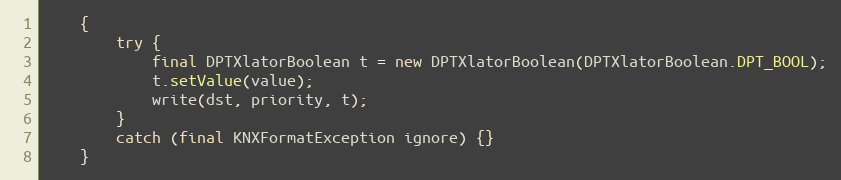
Language: Java
	{
		try {
			final DPTXlatorBoolean t = new DPTXlatorBoolean(DPTXlatorBoolean.DPT_BOOL);
			t.setValue(value);
			write(dst, priority, t);
		}
		catch (final KNXFormatException ignore) {}
	}